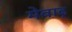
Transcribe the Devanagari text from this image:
मेवाढ़